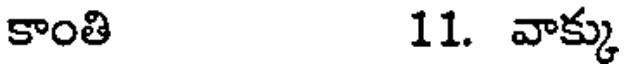
కాంతి 11. వాక్కు